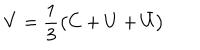
V = \frac { 1 } { 3 } \left( C + U + \bar { U } \right)